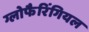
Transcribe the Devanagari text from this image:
ग्लोफैरिंगियल